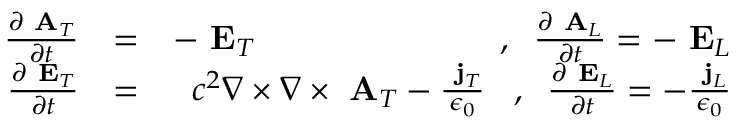
\begin{array} { r l r } { \frac { \partial \mathrm { \bf ~ A } _ { T } } { \partial t } } & { = } & { - \mathrm { \bf ~ E } _ { T } \; \; \; \; \; \; \; \; \; \; \; \; \; \; \; \; \; \; \; \; \; \; \; \; \; \; , \; \; \frac { \partial \mathrm { \bf ~ A } _ { L } } { \partial t } = - \mathrm { \bf ~ E } _ { L } } \\ { \frac { \partial \mathrm { \bf ~ E } _ { T } } { \partial t } } & { = } & { c ^ { 2 } \nabla \times \nabla \times \mathrm { \bf ~ A } _ { T } - \frac { \mathrm { \bf ~ j } _ { T } } { \epsilon _ { 0 } } \; \; \; , \; \; \frac { \partial \mathrm { \bf ~ E } _ { L } } { \partial t } = - \frac { \mathrm { \bf ~ j } _ { L } } { \epsilon _ { 0 } } } \end{array}